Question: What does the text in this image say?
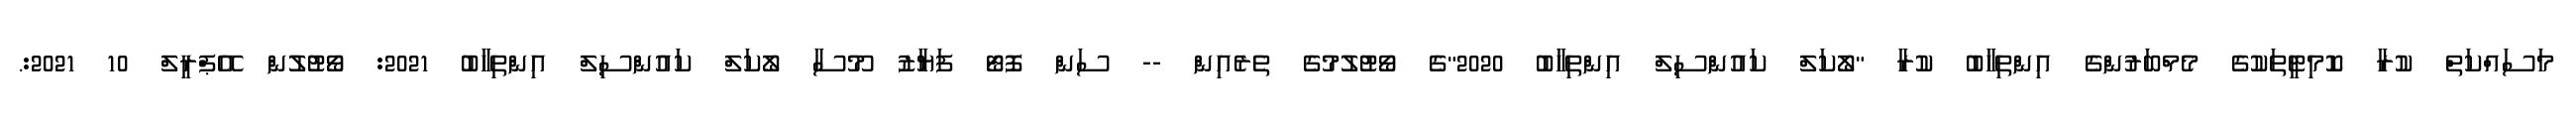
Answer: މަސައްކަތް ކުރާ ކޮމިޓީތަކުގެ މެމްބަރުންގެ އިންތިހާބު ކުރާ "ލޯކަލް ކައުންސިލް އިންތިހާބު 2020"ގެ ވޯޓުލުމުގެ ތެރެއިން -- ސަން ފޮޓޯ ފަޔާޒު މޫސާ ލޯކަލް ކައުންސިލް އިންތިހާބު 2021: ވޯޓުލުން އޭޕްރީލް 10 2021:.